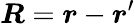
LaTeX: \boldsymbol{R}=\boldsymbol{r}-\boldsymbol{r}^{\prime}